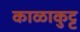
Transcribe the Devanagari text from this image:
काळाकुट्ट